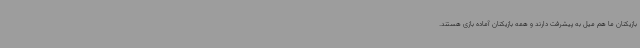
بازیکنان ما هم میل به پیشرفت دارند و همه بازیکنان آماده بازی هستند.